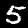
Digit: 5